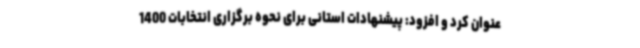
عنوان کرد و افزود: پیشنهادات استانی برای نحوه برگزاری انتخابات 1400